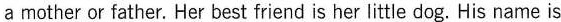
a mother or father.Her best friend is her little dog.His name is